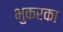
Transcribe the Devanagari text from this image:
भुकरका